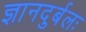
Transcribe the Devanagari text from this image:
ज्ञानदुर्बलः